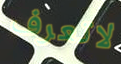
لاتعرف